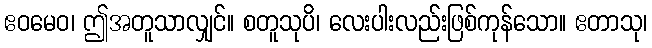
ဧဝမေဝ၊ ဤအတူသာလျှင်။ စတူသုပိ၊ လေးပါးလည်းဖြစ်ကုန်သော။ ဧတာသု၊